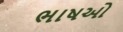
ભાષઓ